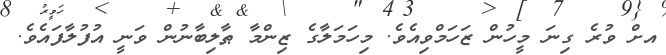
އށް ވުރެ ގިނަ މީހުން ޒަހަމްވިއެވެ. މިހަމަލާގެ ޒިންމާ ޠާލިބާނުން ވަނީ އުފުލާފައެވެ.